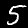
Digit: 5